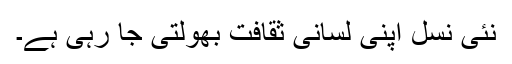
نئی نسل اپنی لسانی ثقافت بھولتی جا رہی ہے۔